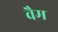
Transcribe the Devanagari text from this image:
वैम